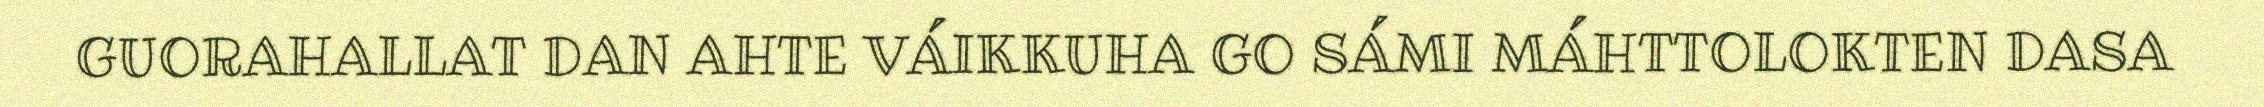
GUORAHALLAT DAN AHTE VÁIKKUHA GO SÁMI MÁHTTOLOKTEN DASA